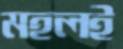
মহলই